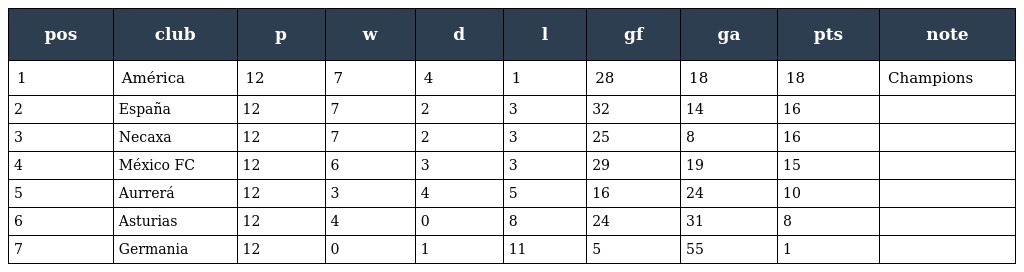
| pos | club | p | w | d | l | gf | ga | pts | note |
 | --- | --- | --- | --- | --- | --- | --- | --- | --- | --- |
 | 1 | América | 12 | 7 | 4 | 1 | 28 | 18 | 18 | Champions |
 | 2 | España | 12 | 7 | 2 | 3 | 32 | 14 | 16 |  |
 | 3 | Necaxa | 12 | 7 | 2 | 3 | 25 | 8 | 16 |  |
 | 4 | México FC | 12 | 6 | 3 | 3 | 29 | 19 | 15 |  |
 | 5 | Aurrerá | 12 | 3 | 4 | 5 | 16 | 24 | 10 |  |
 | 6 | Asturias | 12 | 4 | 0 | 8 | 24 | 31 | 8 |  |
 | 7 | Germania | 12 | 0 | 1 | 11 | 5 | 55 | 1 |  |